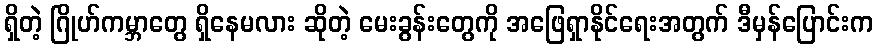
ရှိတဲ့ ဂြိုဟ်ကမ္ဘာတွေ ရှိနေမလား ဆိုတဲ့ မေးခွန်းတွေကို အဖြေရှာနိုင်ရေးအတွက် ဒီမှန်ပြောင်းက